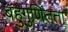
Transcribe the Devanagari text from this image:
बहुगुणितता